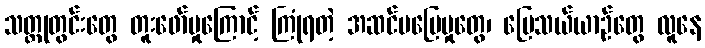
သတ္တုတွင်းတွေ တူးဖော်မှုကြောင့် ကြုံရတဲ့ အဆင်မပြေမှုတွေ၊ မြေသယ်ယာဉ်တွေ လူနေ